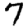
Digit: 7